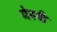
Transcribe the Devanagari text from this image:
मेस्‍त्री